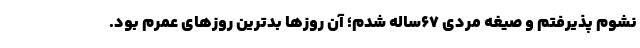
نشوم پذیرفتم و صیغه مردی ۶۷ساله شدم؛ آن روزها بدترین روزهای عمرم بود.